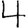
Digit: 4